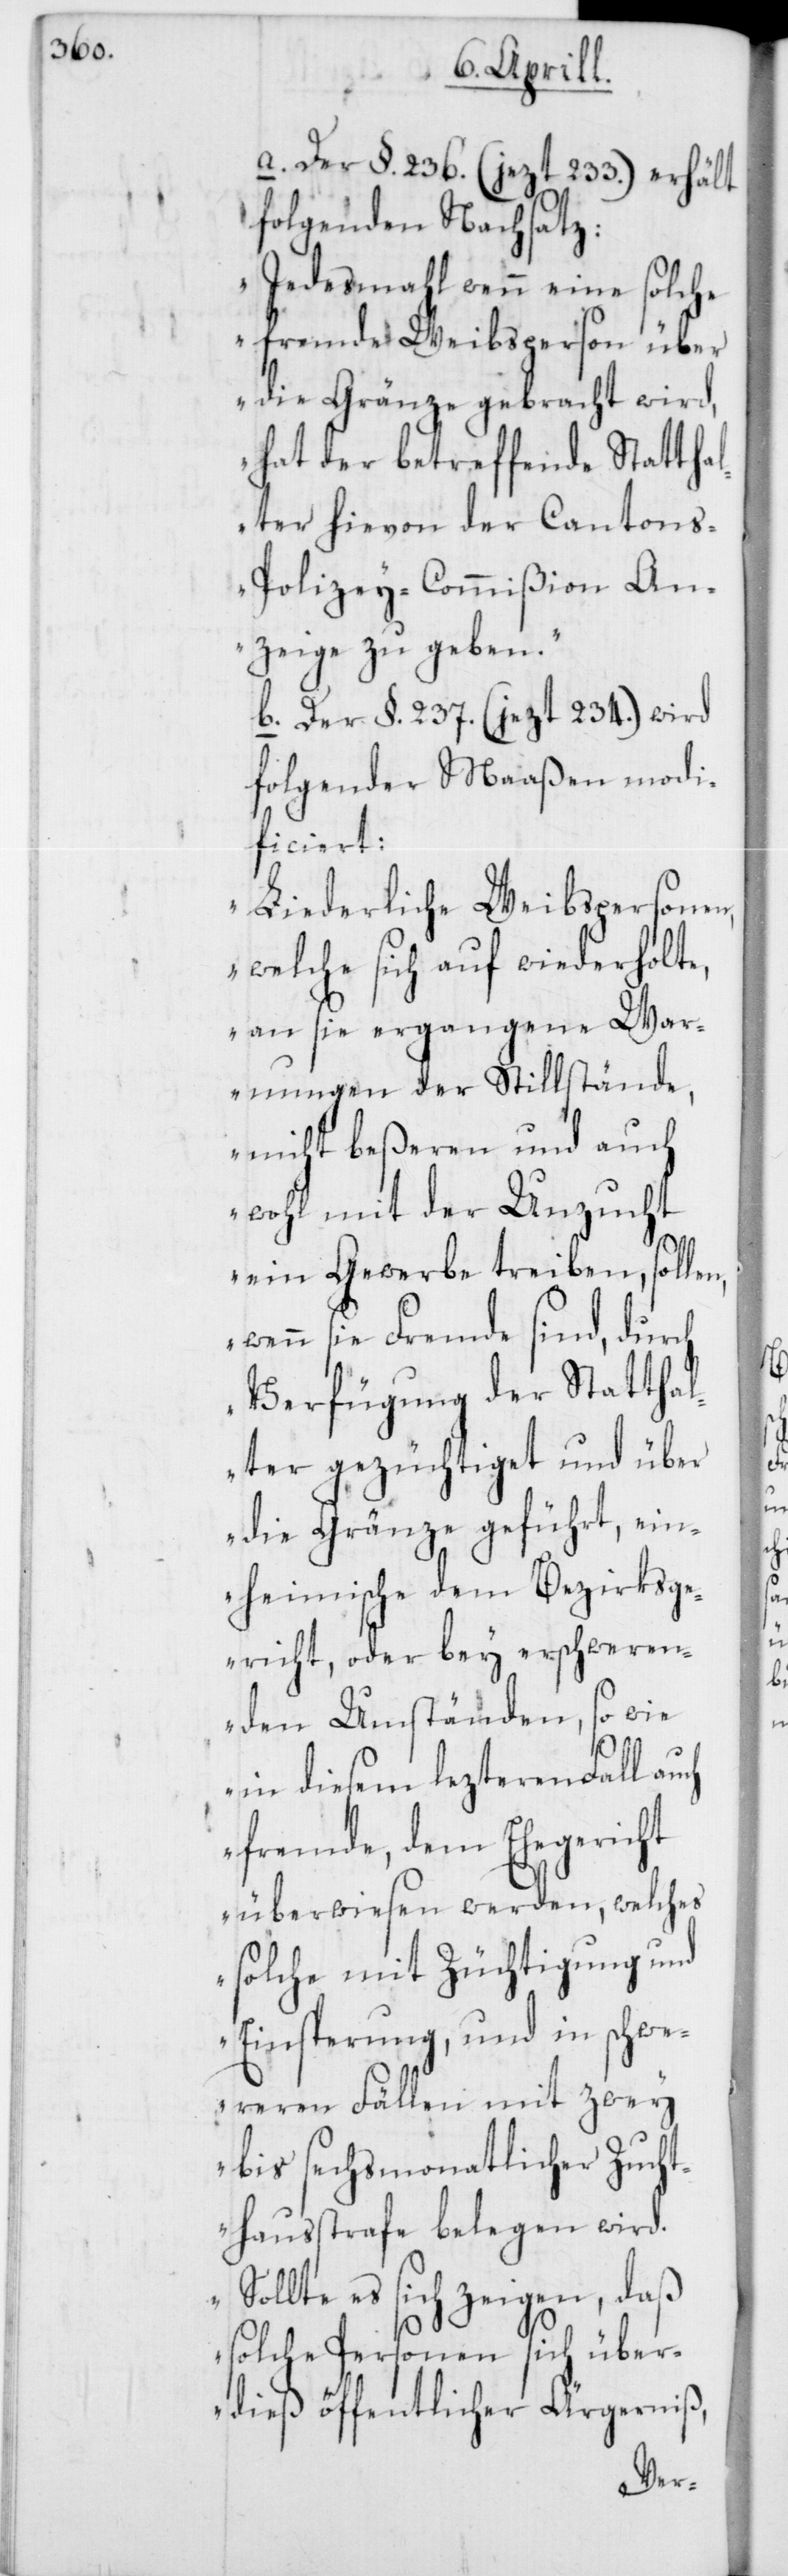
S¬

a. Der §. 236. (jezt 233.) erhält
folgenden Nachsatz:
„Jedesmahl wenn eine solche
fremde Weibsperson über
die Gränze gebracht wird,
hat der betreffende Stattha¬
lter hievon der Canton¬
s-Polizey-Commißion An¬
zeige zu geben.“
b. Der §. 237. (jezt 234.) wird
folgender Maaßen modi¬
ficiert:
„Liederliche Weibspersonen,
welche sich auf wiederholte,
an sie ergangene War¬
nungen der Stillstände,
nicht beßeren und auch
wohl mit der Unzucht
ein Gewerbe treiben, sollen,
wenn sie Fremde sind, durch
Verfügung der Statthal¬
ter gezüchtiget und über
die Gränze geführt, ein¬
heimische dem Bezirksg¬
ericht, oder bey erschweren¬
den Umständen, so wie
in diesem lezteren Fall au¬
fremde, dem Ehegericht
überwiesen werden, welches
solche mit Züchtigung und
Einsperrung, und in schw¬
eren Fällen mit zwey
bis sechsmonatlicher Zucht¬
hausstrafe belegen wird.
ollte es sich zeigen, daß
solche Personen sich über¬
dieß öffentlicher Ärgerniß,